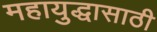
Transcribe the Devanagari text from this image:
महायुद्धासाठी